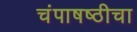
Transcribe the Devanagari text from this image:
चंपाषष्ठीचा